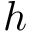
h